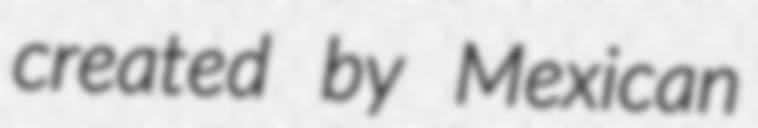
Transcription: created by Mexican